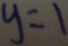
y = 1